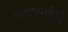
પરાભવનીએ